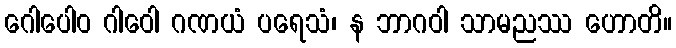
ဂေါပေါဝ ဂါဝေါ ဂဏယံ ပရေသံ၊ န ဘာဂဝါ သာမညဿ ဟောတိ။